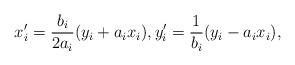
LaTeX: \begin{align*} x_i' = \frac{b_i}{2 a_i} (y_i + a_i x_i), y_i' = \frac{1}{b_i}(y_i - a_i x_i),\end{align*}